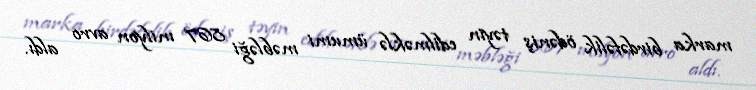
marka birdəfəlik ödəniş təyin edilməklə ümumi məbləği 867 milyon avro aldı.